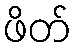
ဖိတ်